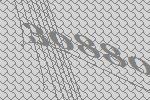
30880